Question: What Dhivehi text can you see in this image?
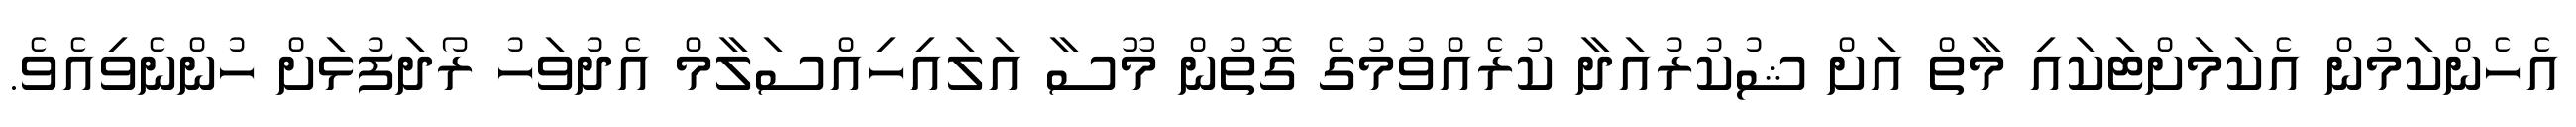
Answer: އެހެންކަމުން އެކަމަށްޓަކައި މާތް އަށް ޝުކުރުއަދާ ކުރެއްވުމުގެ ގޮތުން މޫސާ އަލައިހިއްސަލާމް އެދުވަހު ރޯދަފުޅަށް ހުންނެވިއެވެ.